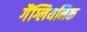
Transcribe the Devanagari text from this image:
गैंग्लियनिक